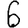
Digit: 6